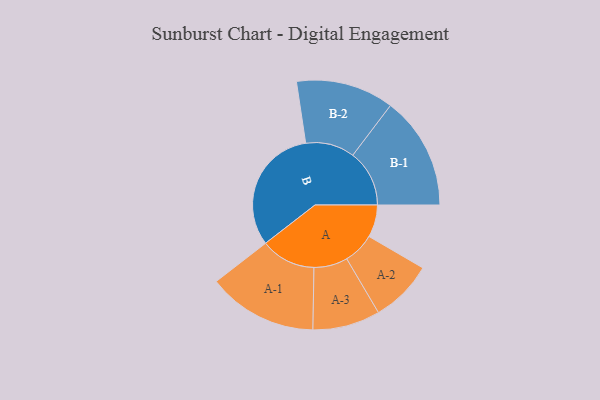
{"axis": {"x": "Segment", "y": "Value"}, "legend": ["", "A", "B"], "data": [{"x": "A", "y": 119, "type": ""}, {"x": "B", "y": 469, "type": ""}, {"x": "A-1", "y": 202, "type": "A"}, {"x": "A-2", "y": 115, "type": "A"}, {"x": "A-3", "y": 124, "type": "A"}, {"x": "B-1", "y": 208, "type": "B"}, {"x": "B-2", "y": 180, "type": "B"}]}